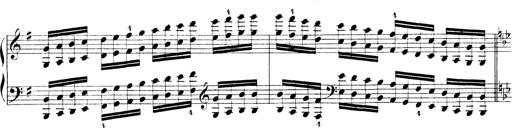
Title: Technische Studien
Composer: Franz Liszt